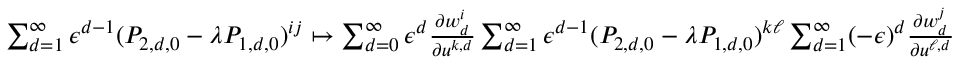
\begin{array} { r } { \sum _ { d = 1 } ^ { \infty } \epsilon ^ { d - 1 } ( P _ { 2 , d , 0 } - \lambda P _ { 1 , d , 0 } ) ^ { i j } \mapsto \sum _ { d = 0 } ^ { \infty } \epsilon ^ { d } \frac { { \partial } w _ { d } ^ { i } } { { \partial } u ^ { k , d } } \sum _ { d = 1 } ^ { \infty } \epsilon ^ { d - 1 } ( P _ { 2 , d , 0 } - \lambda P _ { 1 , d , 0 } ) ^ { k \ell } \sum _ { d = 1 } ^ { \infty } ( - \epsilon ) ^ { d } \frac { { \partial } w _ { d } ^ { j } } { { \partial } u ^ { \ell , d } } } \end{array}